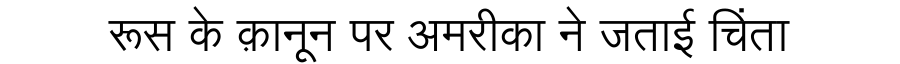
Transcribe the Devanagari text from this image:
रूस के क़ानून पर अमरीका ने जताई चिंता